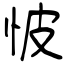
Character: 怶